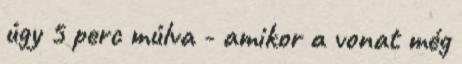
úgy 5 perc múlva - amikor a vonat még